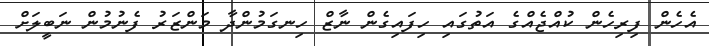
އެހެން ފިރިހެން ކުއްޖެއްގެ އަތުގައި ހިފައިގެން ނާޒް ހިނގަމުންދާ މަންޒަރު ފެނުމުން ނަބީލަށް